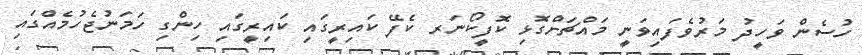
ހުސެން ވަހީދު މަރުވެފައިވަނީ މައްޗަށްގޮޅި ކޮފީކޯނަރ ކެފޭ ކައިރީގައި ކައިރީގައި ހިންގި ހަމަނުޖެހުމެއްގައި